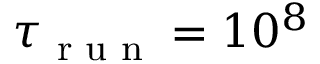
\tau _ { \textrm { r u n } } = 1 0 ^ { 8 }